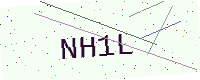
Text: NH1L